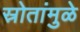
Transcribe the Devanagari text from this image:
स्रोतांमुळे